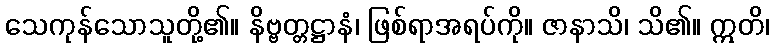
သေကုန်သောသူတို့၏။ နိဗ္ဗတ္တဋ္ဌာနံ၊ ဖြစ်ရာအရပ်ကို။ ဇာနာသိ၊ သိ၏။ ဣတိ၊